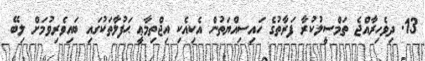
13. ދިވެހިރާއްޖެ ތަމްސީލުކުރާ ފަރާތުގެ ހައިސިއްޔަތުން އެކިއެކި އިޖްތިމާޢީ ޙަފުލާތަކުގައި ބައިވެރިވުމަށް ލިބޭ